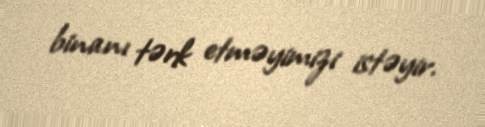
binanı tərk etməyimizi istəyir.